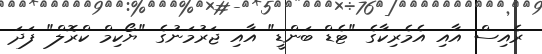
ރެއިސް އާއި އެމެރިކާގެ "ޓެޑް ބަންޑީ" އާއި ޖަރުމަނުގެ "ޔޯކިމް ކްރޮލް" ފަދަ